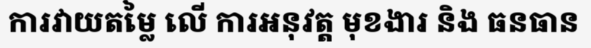
ការវាយតម្លៃ លើ ការអនុវត្ត មុខងារ និង ធនធាន